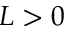
L > 0